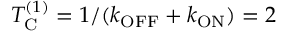
T _ { \mathrm { C } } ^ { ( 1 ) } = 1 / ( k _ { \mathrm { O F F } } + k _ { \mathrm { O N } } ) = 2